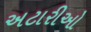
અટારીઓ